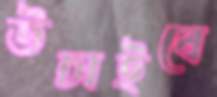
উচাইবে